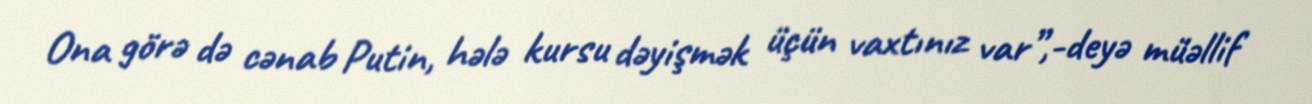
Ona görə də cənab Putin, hələ kursu dəyişmək üçün vaxtınız var”,-deyə müəllif